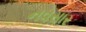
નવસાર